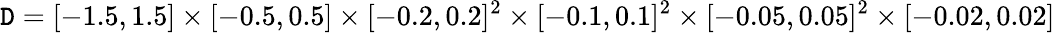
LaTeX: \mathtt{D}=[-1.5,1.5]\times[-0.5,0.5]\times[-0.2,0.2]^{2}\times[-0.1,0.1]^{2}\times[-0.05,0.05]^{2}\times[-0.02,0.02]